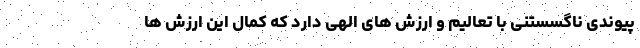
پیوندی ناگسستنی با تعالیم و ارزش های الهی دارد که کمال این ارزش ها